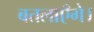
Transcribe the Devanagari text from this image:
बतलाएँगे।